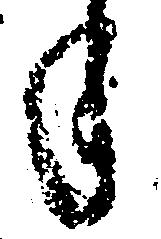
年